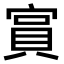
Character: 𫳧